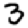
Digit: 3